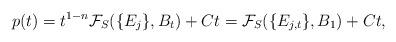
LaTeX: \begin{align*} p(t) = t^{1-n}\mathcal{F}_S(\{E_j\},B_t) + Ct= \mathcal{F}_S(\{E_{j,t}\},B_1) + Ct,\end{align*}